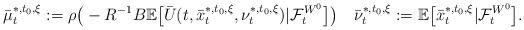
\begin{align*}\bar\mu_t^{*,t_0,\xi}:=\rho\big(-R^{-1}B\mathbb E\big[\bar U(t,\bar x_t^{*,t_0,\xi},\nu_t^{*,t_0,\xi})|\mathcal{F}_t^{W^0}\big]\big)\quad\bar\nu_t^{*,t_0,\xi}:=\mathbb E\big[\bar x_t^{*,t_0,\xi}|\mathcal{F}_t^{W^0}\big].\end{align*}